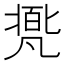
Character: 𠙩